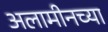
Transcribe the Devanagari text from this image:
अलामीनच्या